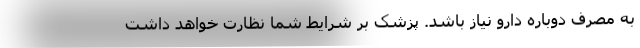
به مصرف دوباره دارو نیاز باشد. پزشک بر شرایط شما نظارت خواهد داشت